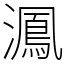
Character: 㵯